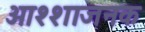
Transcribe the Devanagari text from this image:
आश्शाजनक